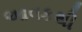
આવકથી